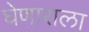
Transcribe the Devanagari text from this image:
घेणाराला